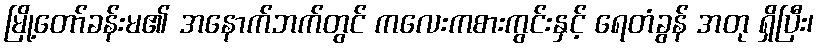
မြို့တော်ခန်းမ၏ အနောက်ဘက်တွင် ကလေးကစားကွင်းနှင့် ရေတံခွန် အတု ရှိပြီး၊